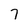
Character: 7